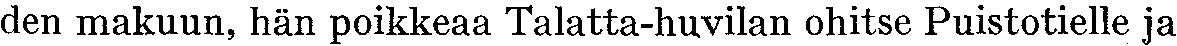
den makuun, hän poikkeaa Talatta-huvilan ohitse Puistotielle ja